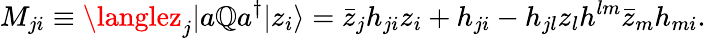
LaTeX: M_{ji}\equiv\langlez_{j}|a\mathbb{Q}a^{\dagger}|z_{i}\rangle=\bar{{z}}_{j}h_{ji}z_{i}+h_{ji}-h_{jl}z_{l}h^{lm}\bar{{z}}_{m}h_{mi}.